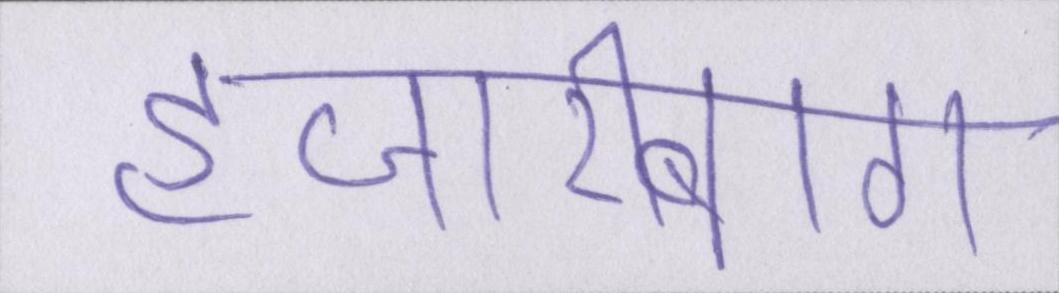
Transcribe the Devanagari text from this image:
हजारीबाग